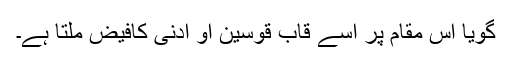
گویا اس مقام پر اسے قَابَ قَوْسَيْنِ اَوْ اَدْنٰی کافیض ملتا ہے۔